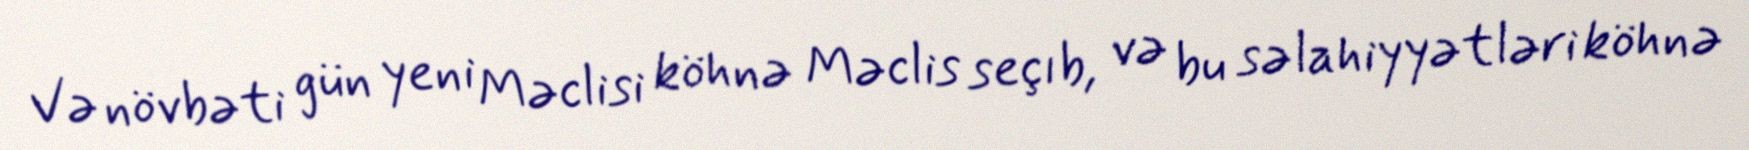
Və növbəti gün yeni Məclisi köhnə Məclis seçıb, və bu səlahiyyətləri köhnə